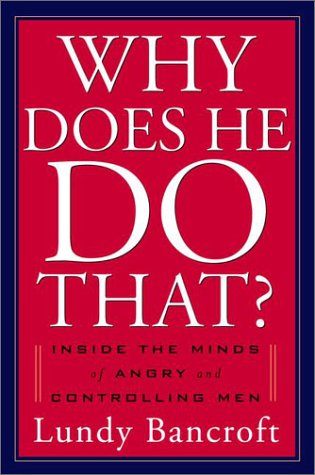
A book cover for Why Does He Do That?: Inside the Minds of Abusive and Controlling Men; Lundy Bancroft; Parenting & Relationships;